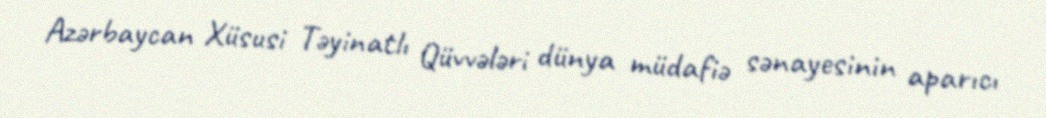
Azərbaycan Xüsusi Təyinatlı Qüvvələri dünya müdafiə sənayesinin aparıcı